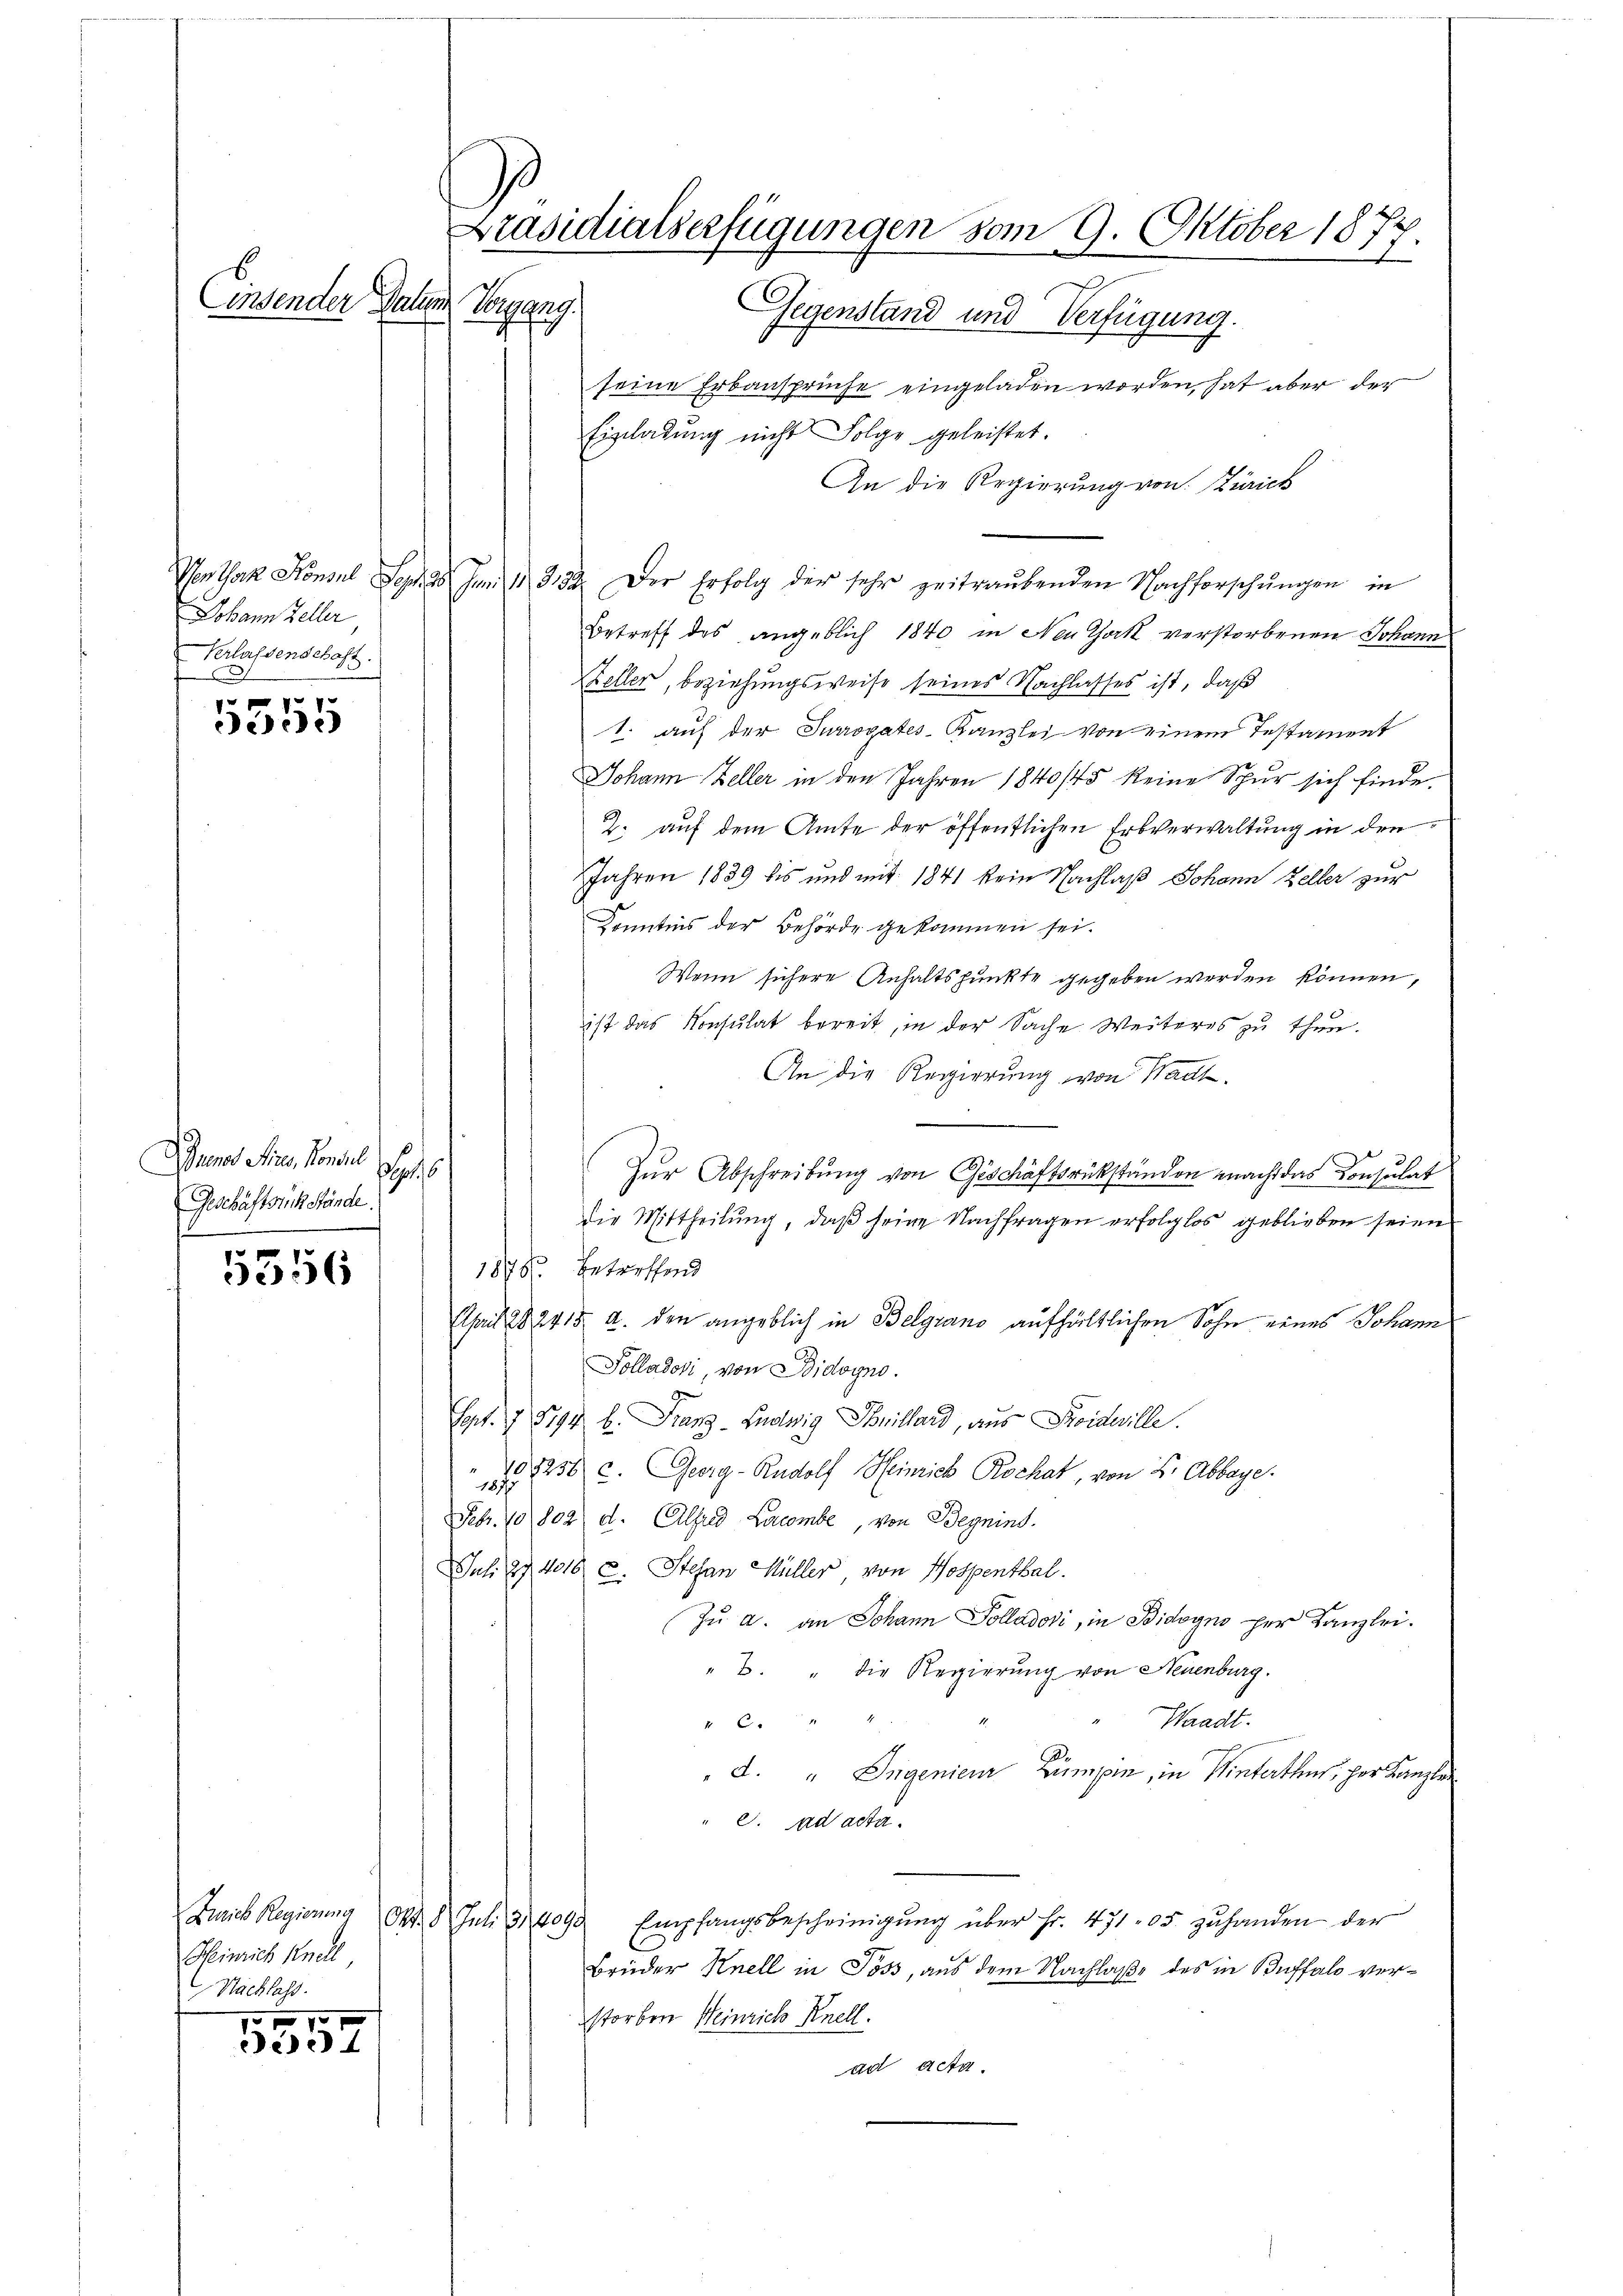
Einsender Galien

Johann Zeller
Verlassenschaft.
0

5555

Dumnos Ains, Konsul
h
Geschäftstückstände.

5356

Bannes Regierung Okt. d. Juli d. 209.
Heinrich Knell
Nachlass
1

334

Gegenstand und Verfügung.
seine Erbansprüche eingeladen worden, hat aber der
Einladung nicht Folge geleistet.
An die Regierung von Zürich
Vor Thack Konsul Sopha Im 1. 332. Der Erfolg der sehr zeitraŭbenden Nachforschŭngen in
Betreff des angeblich 1840 in Neu York verstorbenen Johann
Keller, beziehungsweise seines Nachlasses ist, daß
1. auf der Surrogates-Kanzlei von einem Testament
Johann Zeller in den Jahren 1840/45 keine Spur sich finde.
2. auf dem Amte der öffentlichen Erbverwaltung in den
Jahren 1839 bis und mit 1841 kein Nachlaß Johann Keller zur
Kenntnis der Behörde gekommen sei.
Wenn sichere Anhaltspunkte gegeben worden können,
ist das Konsulat bereit, in der Sache Weiteres zu thun.
An die Regierung von Wacht.

Zur Abschreibung von Geschäftsrükständen macht das Consulat
die Mittheilung, daß seine Nachfragen erfolglos geblieben seien
1898 betreffend
April 1824 15 u. den angeblich in Belgrano aufhältlichen Sohn eines Johann
Polladosi, von Bidoyno.
Hat. I 594 b. Franz- Ludwig Spillard, aus Poideville.
10256 c. Georg-Rudolf Heinrich Rochat, von B. Abbaye.
1877
Febr. 10 (802) d. Alfred Lacombe, von Begnins.
Juli 27. 4018 u. Stefan Müller von Hospenthal.
Zu a. an Johann Polladori, in Bidoyns per Kanzlei.
". " die Regierung von Neuenburg.
Waadt.
 48
d. " Ingenieur Lumpin, in Winterthes, her Kanzler
e. ad acta.
Empfangsbescheinigŭng über Fr. 471 05 zuhanden der
Brüder Knell in Poss, aus dem Nachlaße des in Buffalo verstorben Heinrich Knell.
ad acta.

Kung.

Präsidialserfügungen vom 9. Oktober 1877.